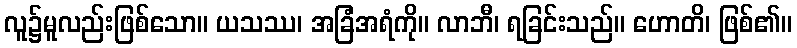
လူ၌မူလည်းဖြစ်သော။ ယသဿ၊ အခြံအရံကို။ လာဘီ၊ ရခြင်းသည်။ ဟောတိ၊ ဖြစ်၏။